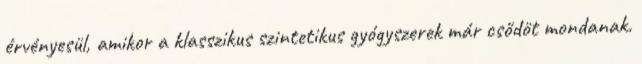
érvényesül, amikor a klasszikus szintetikus gyógyszerek már csődöt mondanak.